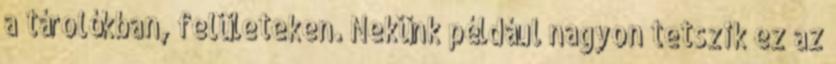
a tárolókban, felületeken. Nekünk például nagyon tetszik ez az